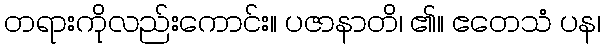
တရားကိုလည်းကောင်း။ ပဇာနာတိ၊ ၏။ ဧတေသံ ပန၊